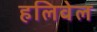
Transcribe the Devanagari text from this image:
हलिवेल